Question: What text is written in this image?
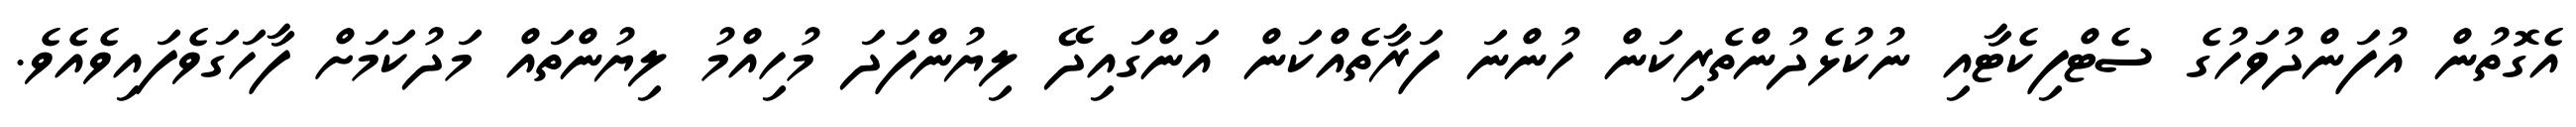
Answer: އެގޮތުން އުފަންދުވަހުގެ ސެޓްފިކެޓާއި ނުކުޅެދުންތެރިކަން ހުންނަ ފަރާތެއްކަން އަންގައިދޭ ލިޔުންފަދަ މުހިއްމު ލިޔުންތައް މަދުކަމަށް ފާހަގަވެފައިވެއެވެ.